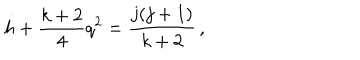
LaTeX: h + \frac { k + 2 } { 4 } q ^ { 2 } = \frac { j ( j + 1 ) } { k + 2 } \, ,